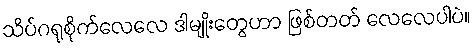
သိပ်ဂရုစိုက်လေလေ ဒါမျိုးတွေဟာ ဖြစ်တတ် လေလေပါပဲ။